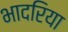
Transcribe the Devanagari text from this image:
भादरिया